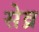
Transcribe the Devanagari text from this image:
सेव्र